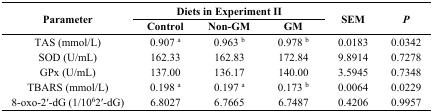
<table><thead><tr><td rowspan="2"><b>Parameter</b></td><td colspan="3"><b>Diets in Experiment II</b></td><td rowspan="2"><b>SEM</b></td><td rowspan="2"><b><i>P</i></b></td></tr><tr><td><b>Control</b></td><td><b>Non-GM</b></td><td><b>GM</b></td></tr></thead><tbody><tr><td>TAS (mmol/L)</td><td>0.907 <sup>a</sup></td><td>0.963 <sup>b</sup></td><td>0.978 <sup>b</sup></td><td>0.0183</td><td>0.0342</td></tr><tr><td>SOD (U/mL)</td><td>162.33</td><td>162.83</td><td>172.84</td><td>9.8914</td><td>0.7278</td></tr><tr><td>GPx (U/mL)</td><td>137.00</td><td>136.17</td><td>140.00</td><td>3.5945</td><td>0.7348</td></tr><tr><td>TBARS (mmol/L)</td><td>0.198 <sup>a</sup></td><td>0.197 <sup>a</sup></td><td>0.173 <sup>b</sup></td><td>0.0064</td><td>0.0229</td></tr><tr><td>8-oxo-2′-dG (1/10<sup>6</sup>2′-dG)</td><td>6.8027</td><td>6.7665</td><td>6.7487</td><td>0.4206</td><td>0.9957</td></tr></tbody></table>